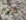
خدم